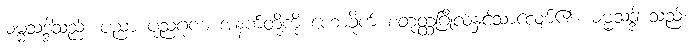
ဓမ္မသဒ္ဒါသည်၊ ပညာ ပုညဂုဏ အနက်တို့ကို ဟောခိုက် စတုတ္ထဂြိုလ်နှင့်သာလျော်၏။ ဓမ္မသဒ္ဒါ သည်၊